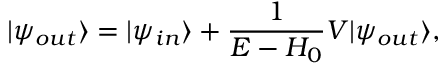
| { \psi _ { o u t } } \rangle = | { \psi _ { i n } } \rangle + \frac { 1 } { { E - { H _ { 0 } } } } V | { \psi _ { o u t } } \rangle ,